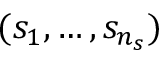
( s _ { 1 } , \ldots , s _ { n _ { s } } )